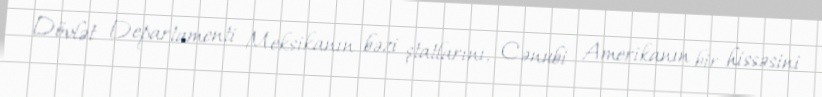
Dövlət Departamenti Meksikanın bəzi ştatlarını, Cənubi Amerikanın bir hissəsini